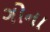
ગોના